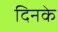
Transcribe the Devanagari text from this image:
दिनके